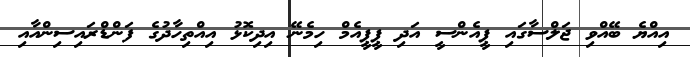
އިއްޔެ ބޭއްވި ޖަލްސާގައި ޕީއެންސީ އަދި ޕީޕީއެމް ހިމެނޭ އިދިކޮޅު އިއްތިހާދުގެ ފަންޑްރައިސިންއާއި